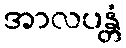
အာလပန္တံ